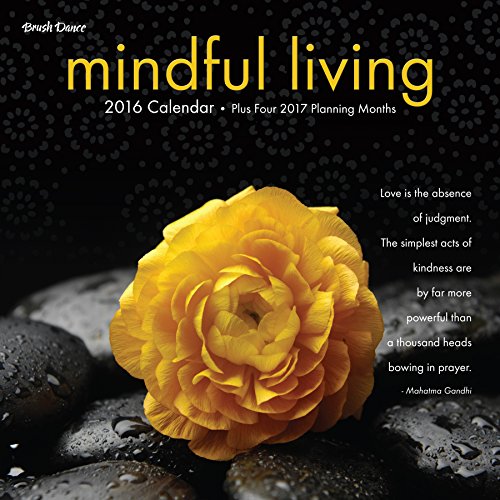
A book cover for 2016 Mindful Living Wall Calendar; Brush Dance; Calendars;